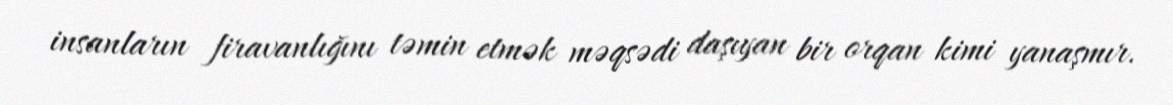
insanların firavanlığını təmin etmək məqsədi daşıyan bir orqan kimi yanaşmır.